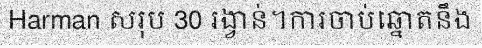
Harman សរុប 30 រង្វាន់។ការចាប់ឆ្នោតនឹង